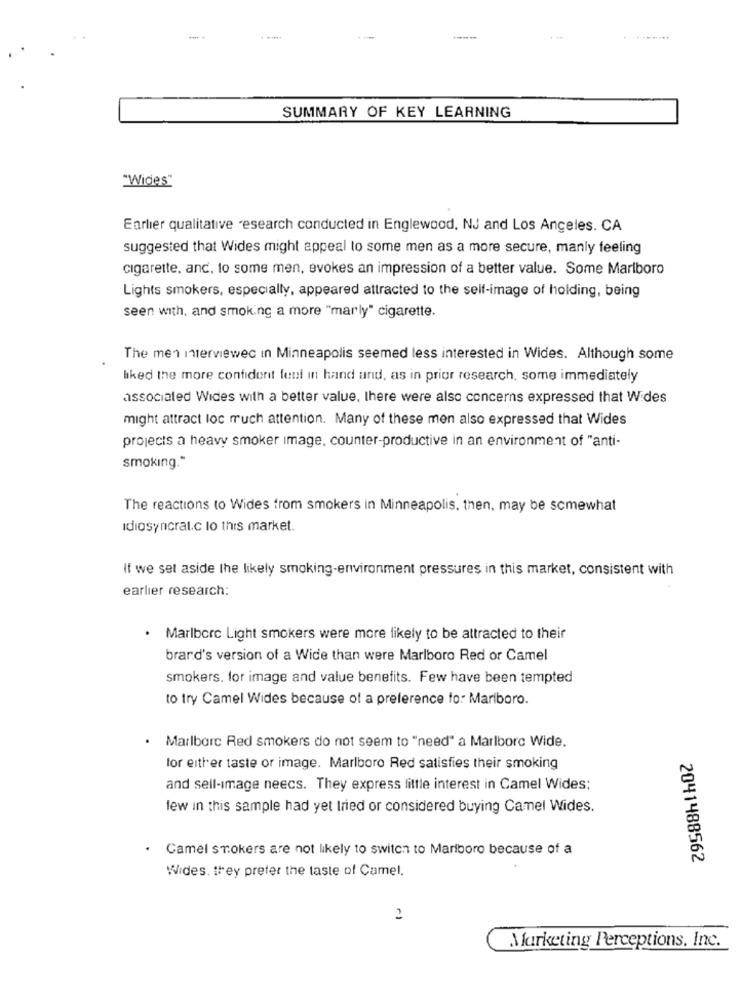
----
SUMMARY OF KEY LEARNING
"Wides"
Earlier qualitative research conducted in Englewood, NJ and Los Angeles. CA
suggested that Wides might appeal to some men as a more secure, manly feeling
cigarette, and. to some men, evokes an impression of a better value. Some Marlboro
Lights smokers, especially, appeared attracted to the self-image of holding, being
seen with, and smoking a more "marly" cigarette.
The men interviewec in Minneapolis seemed less interested in Wides. Although some
liked the more confident feel in hand and, as in prior research, some immediately
associated Wides with a better value, there were also concerns expressed that Wides
might attract loc much attention. Many of these men also expressed that Wides
projects a heavy smoker image, counter-productive in an environment of "anti-
smoking."
The reactions to Wides from smokers in Minneapolis. then, may be somewhat
Idiosyncral.c lo this market.
If we set aside the likely smoking-environment pressures in this market, consistent with
earlier research:
Marlboro Light smokers were more likely to be attracted to their
brard's version of a Wide than were Marlboro Red or Camel
smokers, for image and value benefits. Few have been tempted
to try Camel Wides because of a preference fo: Mariboro.
· Marlborc Red smokers do not seem to "need" a Marlboro Wide.
for either taste or image. Marlboro Red satisfies their smoking
and sell-image neecs. They express little interest in Camel Wides;
lew in this sample had yet tried or considered buying Camel Wides.
Camel smokers are not likely to switch to Marlboro because of a
2041488562
Wides. they prefer the taste of Camel.
2
Marketing Perceptions, Inc.